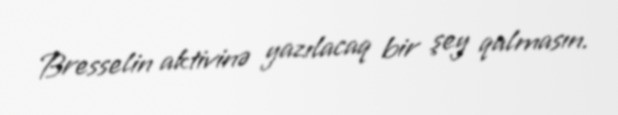
Bresselin aktivinə yazılacaq bir şey qalmasın.